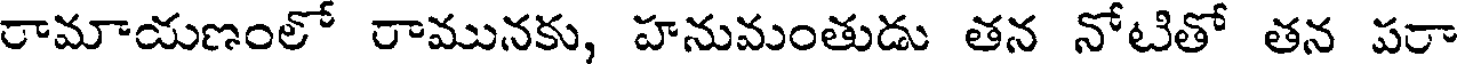
రామాయణంలో రామునకు, హనువుంతుడు తన నోటితో తన పరా